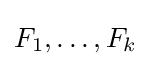
{\textstyle F_{1},\dots ,F_{k}}